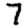
Digit: 7